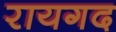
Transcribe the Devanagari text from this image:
रायगद